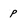
Character: p